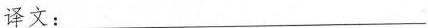
译文：___